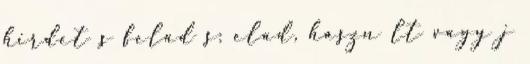
hirdet s felad s: elad, haszn lt vagy j